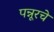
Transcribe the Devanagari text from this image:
पन्नूरचे